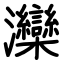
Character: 灤